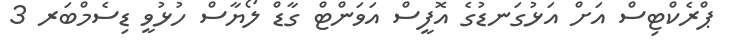
ޕްރެކްޓިސް އަށް އަޅުގަނޑުގެ އޮފީސް އަވަންޓް ގާޑް ލޯޔާސް ހުޅުވީ ޑިސެމްބަރ 3